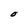
Character: O